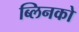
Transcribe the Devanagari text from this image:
ब्लिनको